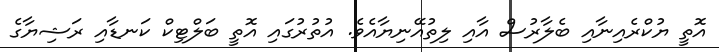
އޮތީ ޔުކްރެއިނާއި ބެލާރުސް އާއި ލިތުއޭނިޔާއެވެ. އުތުރުގައި އޮތީ ބަލްޓިކް ކަނޑާއި ރަޝިޔާގެ